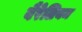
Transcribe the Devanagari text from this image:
बैरेलियम